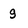
Character: g